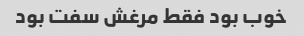
خوب بود فقط مرغش سفت بود